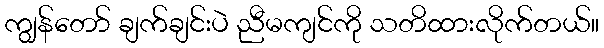
ကျွန်တော် ချက်ချင်းပဲ ညီမကျင်ကို သတိထားလိုက်တယ်။